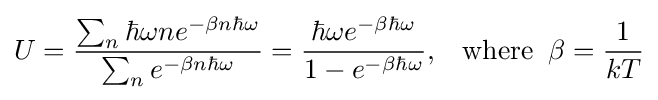
U={\sum _{n}\hbar \omega ne^{-\beta n\hbar \omega } \over \sum _{n}e^{-\beta n\hbar \omega }}={\hbar \omega e^{-\beta \hbar \omega } \over 1-e^{-\beta \hbar \omega }},\;\;\;{\rm {where}}\;\;\beta ={\frac {1}{kT}}